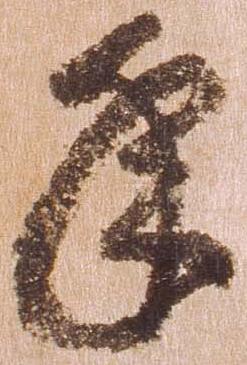
年